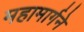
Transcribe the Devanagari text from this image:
महामार्गने